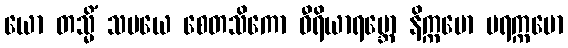
ယော တသ္မိံ သမယေ စေတသိကော ဝီရိယာရမ္ဘော နိက္ကမော ပရက္ကမော